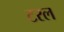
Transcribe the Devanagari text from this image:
टरल